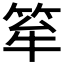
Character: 𥭏